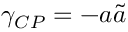
\gamma _ { C P } = - a \tilde { a }